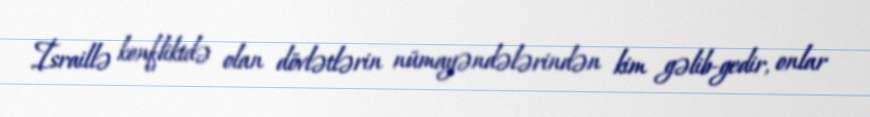
İsraillə konfliktdə olan dövlətlərin nümayəndələrindən kim gəlib-gedir, onlar